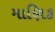
માણિક